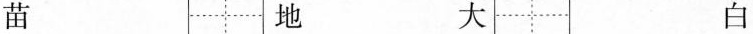
苗 地 大 白